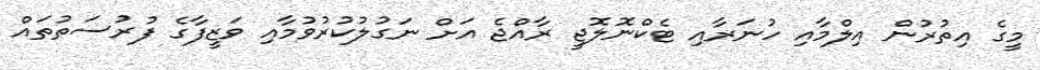
މީގެ އިތުރުން އިލްމާއި ހުނަރާއި ޓެކްނޮލޮޖީ ރާއްޖެ އަށް ނަގުލުކުރުވުމާއި ވަޒީފާގެ ފުރުސަތުތައް